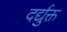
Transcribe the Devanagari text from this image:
दर्द्युक्त